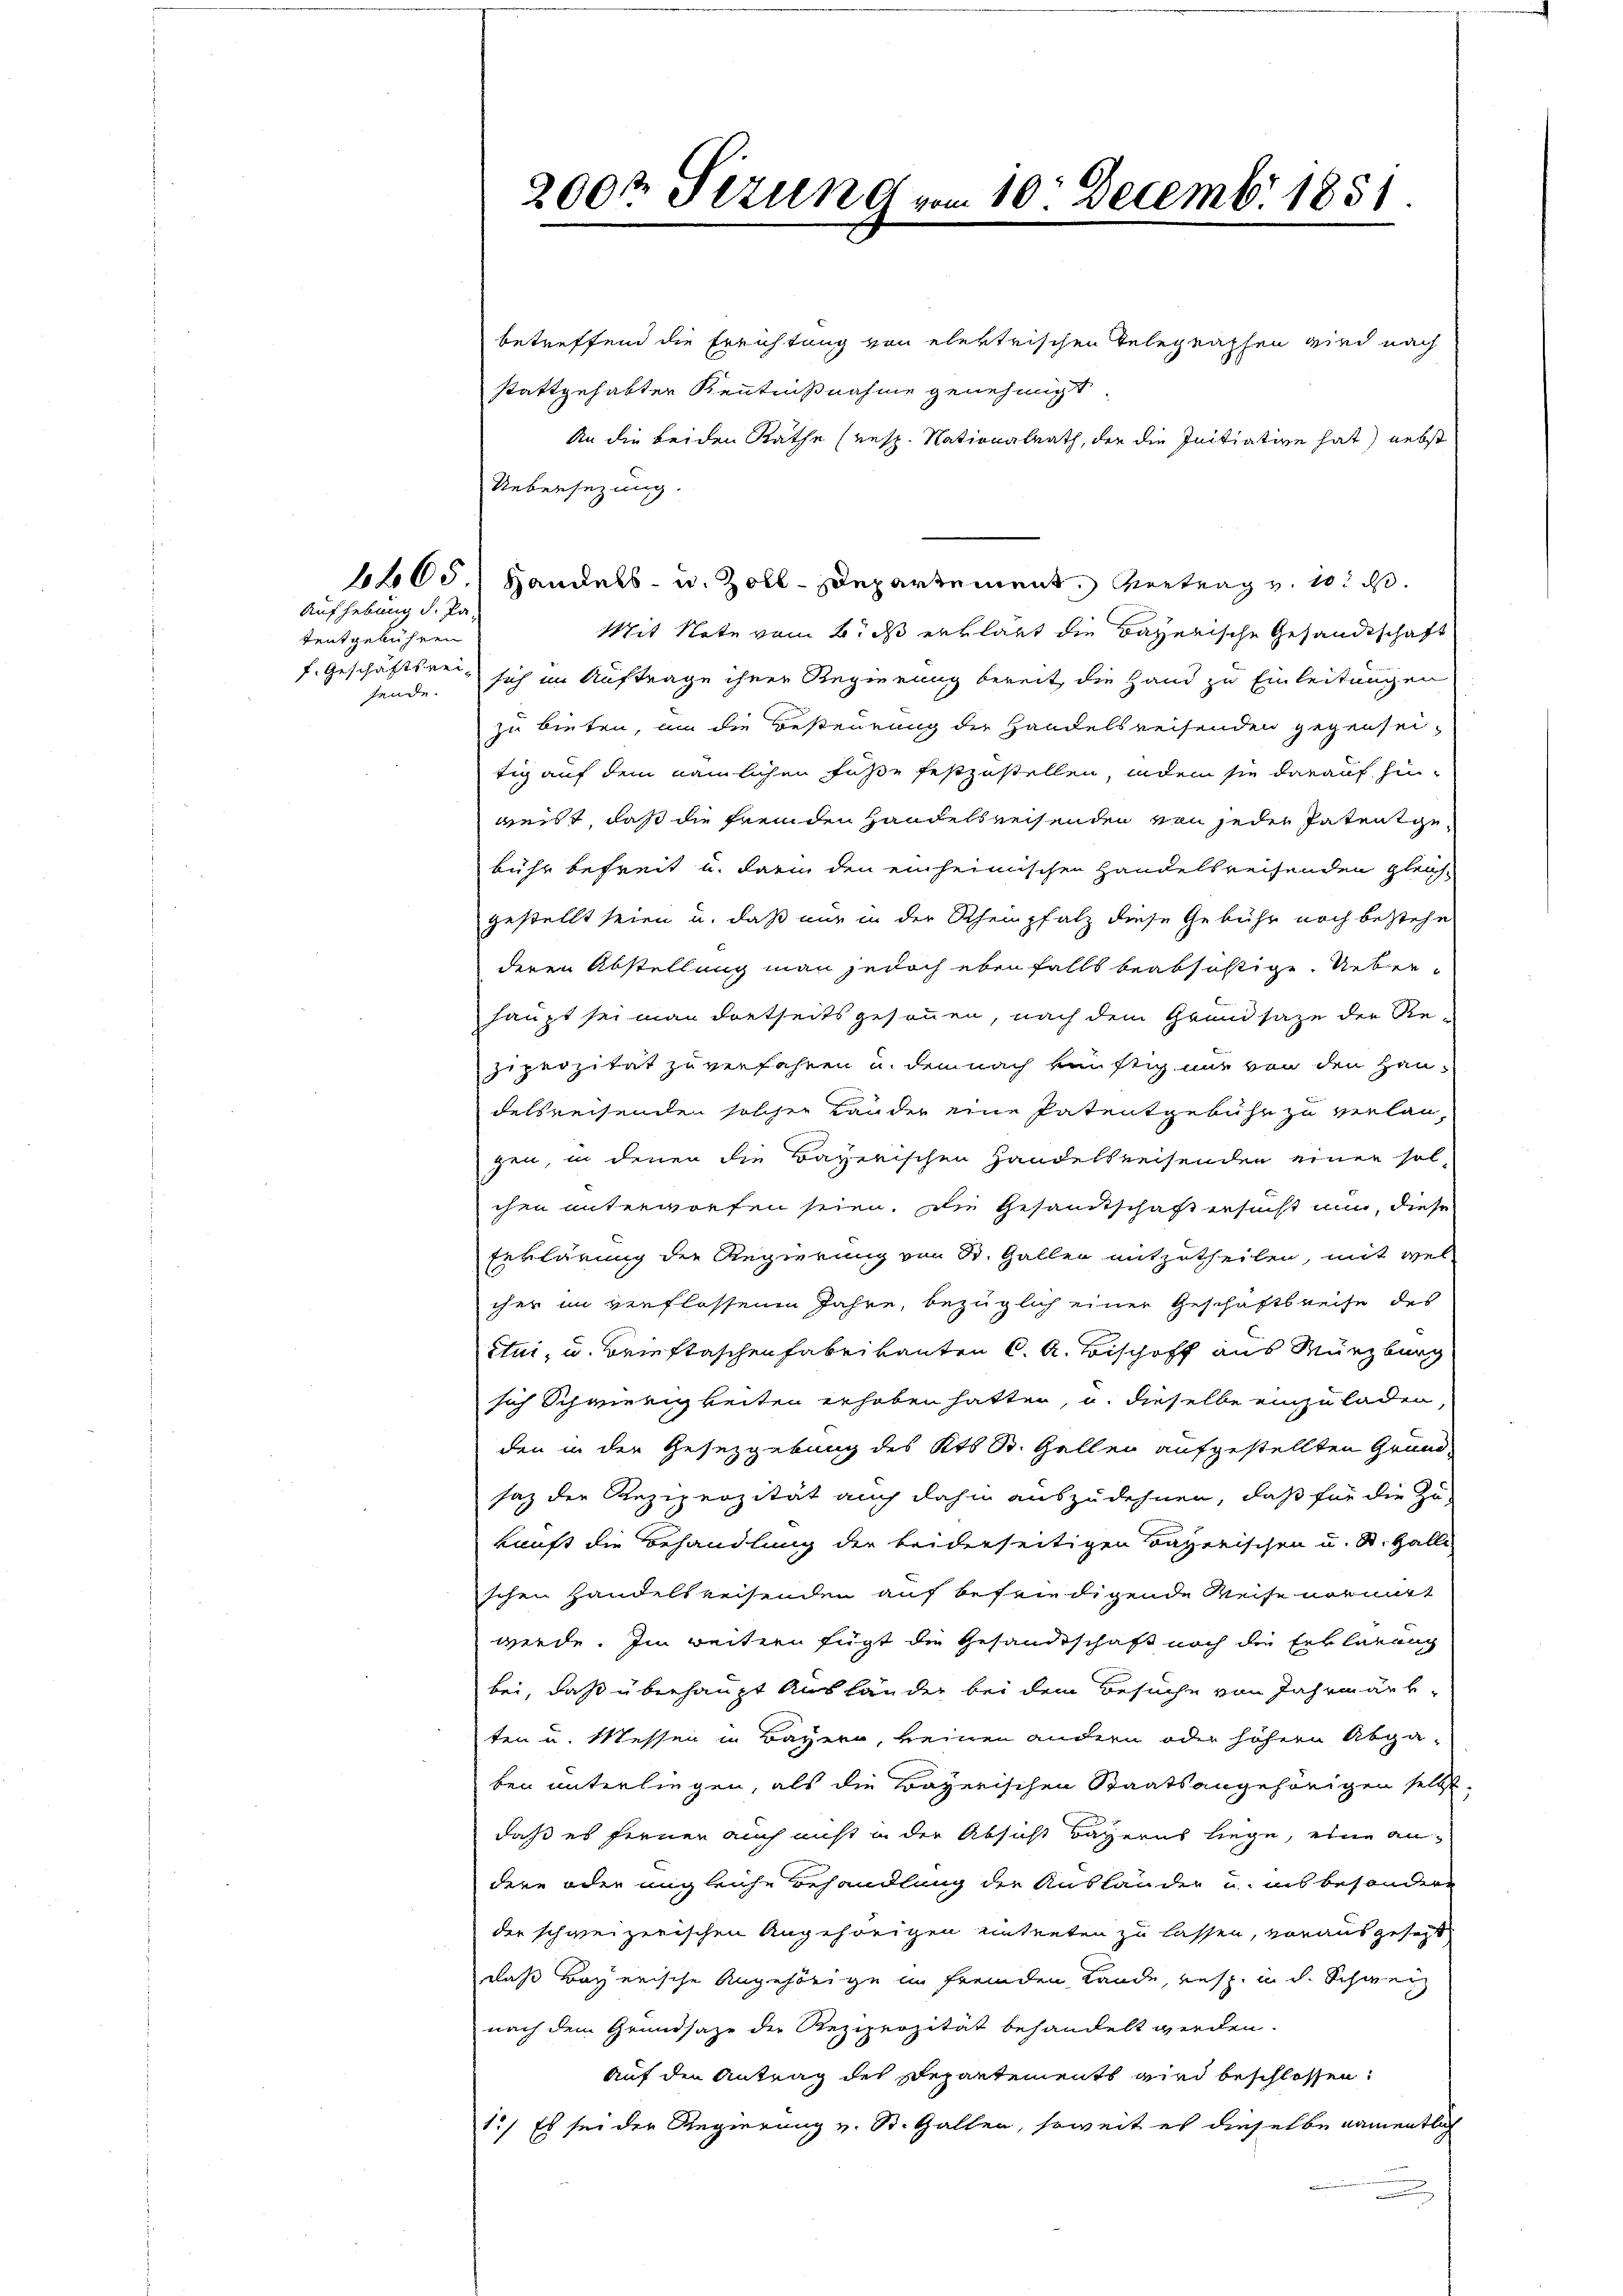
1465

Aufhebung d. Pa
tentgebühren
f. Geschäftsreifende.

2002 Sizung er

10 Decembr 1851.

betreffend die Errichtung von elektrischen Telegraphen wird nach
stattgehabter Kenntnißnahme genehmigt
An die beiden Räthe (resp. Nationalrath, die die Initiative hat) nebst
Uebersezung.
Handels- u. Zoll-Departement. Vertrag v. 10. d.
Mit Note vom 6. ds erklärt die Bayerische Gesandtschaft
sich im Auftrage ihrer Regierung bereit, die Hand zu Einleitungen
zu bieten, um die Besteurung der Handelsreisenden gegensei
tig auf dem nämlichen Füße festzustellen, indem sie darauf hinweist, daß die fremden Handelsreisenden von jeder Patentgebühr befreit u. darin den einheimischen Handelsreisenden gleich
gestellt seien u. daß nur in der Rheinpfalz diese Gebühr noch bestehe
deren Abstellung man jedoch ebenfalls beabsistige. Ueberhaupt sei man dortseits gesonnen, nach dem Grundsaze der Re-
ziprozität zu verfahren u. dem nach künftig nur von den Haudelsreisenden solcher Länder eine Patentgebühr zu verlan-
gen, in denen die Bayerischen Handelsreisenden einer sol-
chen unterworfen seien. Die Gesamtschaft ersucht nun, diese
Erklärung der Regierung von St. Gallen mitzutheilen, mit welcher in verflossenen Jahre, bezüglich einer Geschäftsreise des
étui, u. Brieftaschen Fabrikanten C. A. Bischoff aus Würzburg
sich Schwierigkeiten erhoben hatten, u. dieselbe einzuladen,
den in der Gesetzgebung des Kts St. Gallen aufgestellten Grund-
saz der Reziperzität auch dahin auszudehnen, daß für die Zu-
kunft die Behandlung der beiderseitigen Bayerischen u. St. Galli
schen Handelsreisenden auf befriedigende Weise normitt
werde. Im weitern fügt die Gesandtschaft noch die Erklärung
bei, daß überhaupt Ausländer bei dem Besuche von Jahrmärk-
ten u. Messen in Bayern, keinen andern oder höhern Abga-
ben unterliegen, als die Bayerischen Staatsangehörigen selbst.
daß es fernen auch nicht in der Absicht Bayerns liege, eine andere oder ungleiche Behandlung der Ausländer u. ins besondere
der schweizerischen Angehörigen unterten zu lassen, vorausgesezt
daß Bayerische Angehörige im fremden Lande, resp. u. d. Schwerz
nach dem Grundsaze der Reziperzität behandelt werden.
Auf den Antrag des Departements wird beschlossen:
1.) Es sei der Regierung v. St. Gallen, soweit es dieselbe namentlich